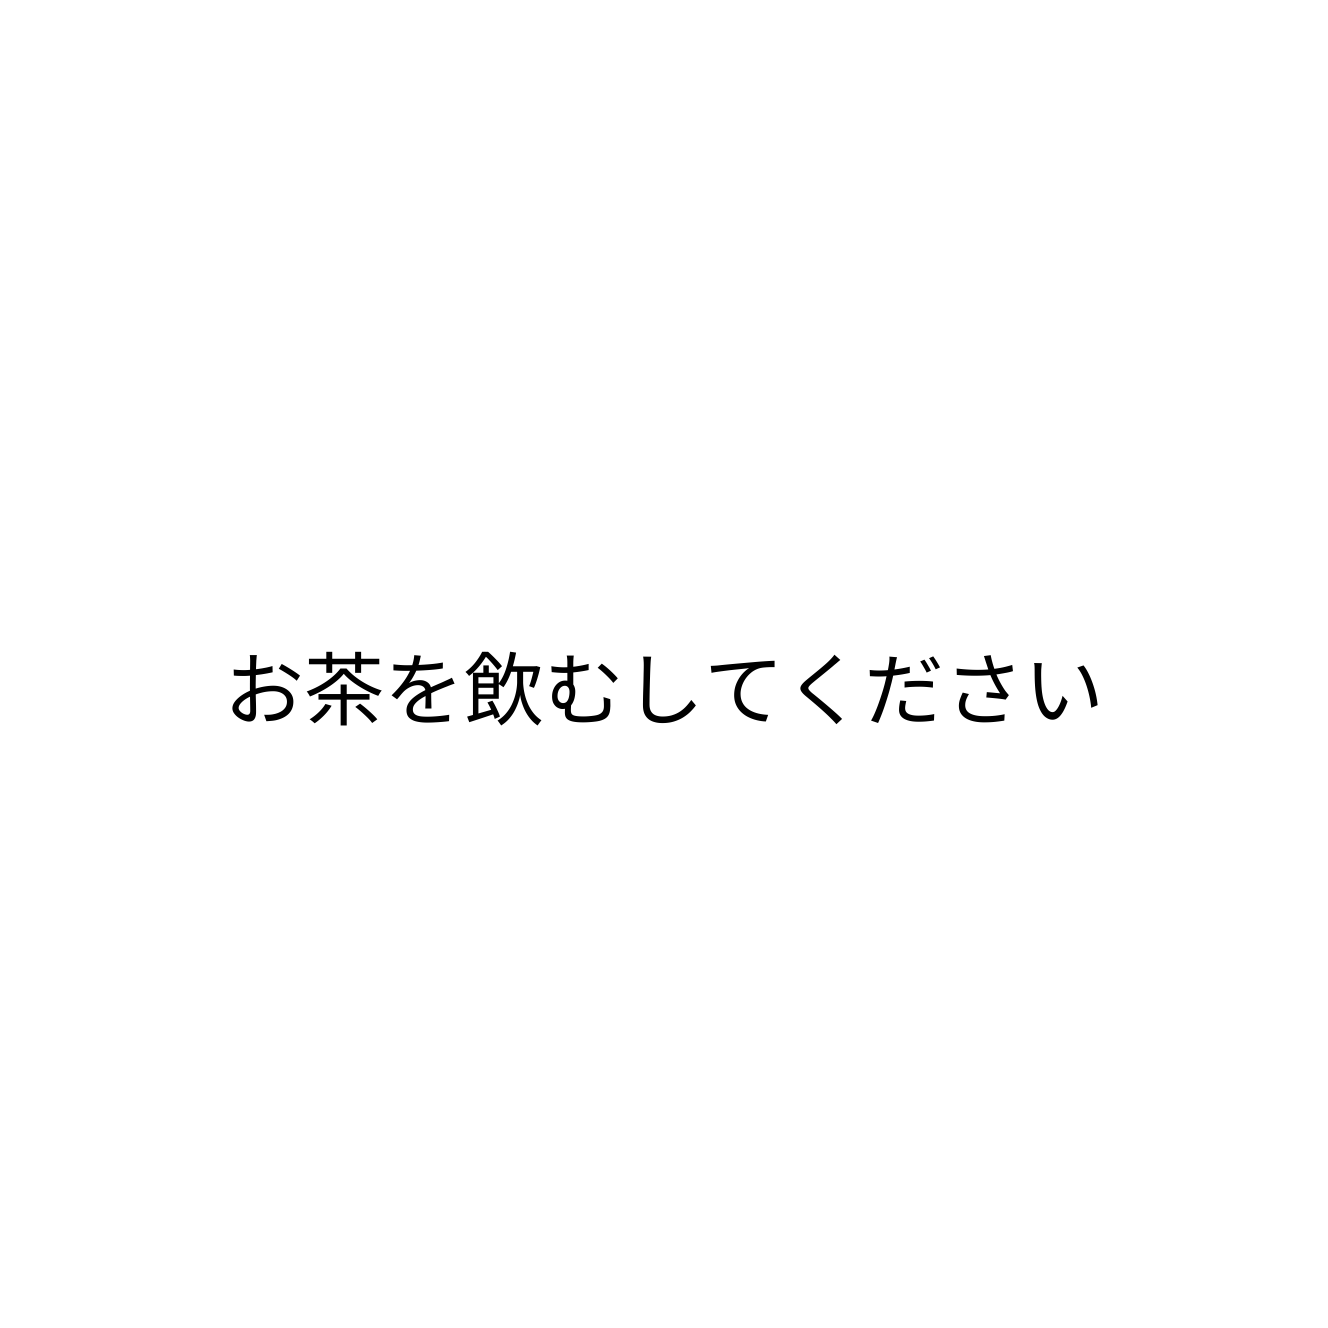
お茶を飲むしてください